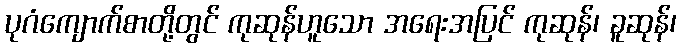
ပုဂံကျောက်စာတို့တွင် ကုဆုန်ဟူသော အရေးအပြင် ကုဆုန်၊ ခူဆုန်၊